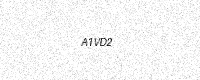
Text: A1VD2